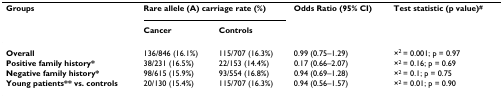
| Groups | <COLSPAN=2> Rare allele (A) carriage rate (%) | Odds Ratio (95% CI) | Test statistic (p value)# |
 |  | Cancer | Controls |  |  |
 | --- | --- | --- | --- | --- |
 | Overall | 136/846 (16.1%) | 115/707 (16.3%) | 0.99 (0.75–1.29) | ×2 = 0.001; p = 0.97 |
 | Positive family history* | 38/231 (16.5%) | 22/153 (14.4%) | 0.17 (0.66–2.07) | ×2 = 0.16; p = 0.69 |
 | Negative family history* | 98/615 (15.9%) | 93/554 (16.8%) | 0.94 (0.69–1.28) | ×2 = 0.1; p = 0.75 |
 | Young patients** vs. controls | 20/130 (15.4%) | 115/707 (16.3%) | 0.94 (0.56–1.57) | ×2 = 0.01; p = 0.90 |